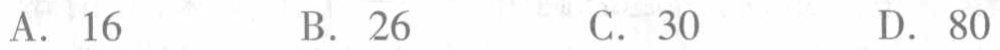
A. 16
B. 26
C. 30
D. 80